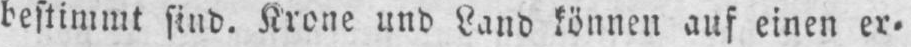
bestimmt sind. Krone und Land können auf einen er⸗